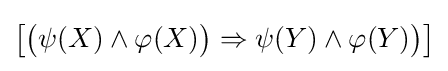
{\bigl [}{\bigl (}\psi (X)\land \varphi (X){\bigr )}\Rightarrow \psi (Y)\land \varphi (Y){\bigr )}{\bigr ]}